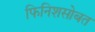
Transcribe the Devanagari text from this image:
फिनिशसोबत